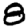
Digit: 8